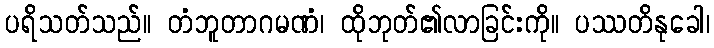
ပရိသတ်သည်။ တံဘူတာဂမဏံ၊ ထိုဘုတ်၏လာခြင်းကို။ ပဿတိနုခေါ၊